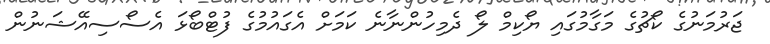
ޖަރުމަނުގެ ކޯޗުގެ މަގާމުގައި ޔޯކިމް ލޯ ދެމިހުންނާނެ ކަމަށް އެގައުމުގެ ފުޓްބޯޅަ އެސޯސިއޭޝަނުން